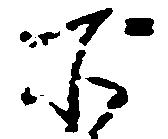
所